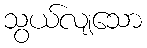
သွယ်လျသော